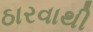
ઠારવાથી